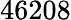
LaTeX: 46208